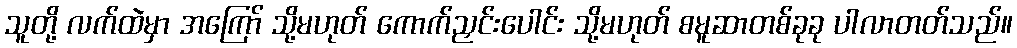
သူတို့ လက်ထဲမှာ အကြော် သို့မဟုတ် ကောက်ညှင်းပေါင်း သို့မဟုတ် စမူဆာတစ်ခုခု ပါလာတတ်သည်။